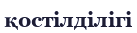
қостілділігі